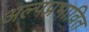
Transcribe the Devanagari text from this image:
अल्पप्रभावित